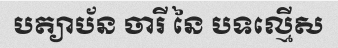
បត្យាប័ន ចារី នៃ បទល្មើស